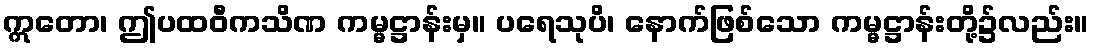
ဣတော၊ ဤပထဝီကသိဏ ကမ္မဋ္ဌာန်းမှ။ ပရေသုပိ၊ နောက်ဖြစ်သော ကမ္မဋ္ဌာန်းတို့၌လည်း။